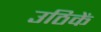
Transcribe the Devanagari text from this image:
उठिकें